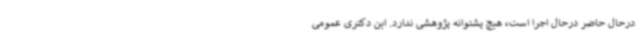
درحال حاضر درحال اجرا است، هیچ پشتوانه پژوهشی ندارد. این دکتری عمومی